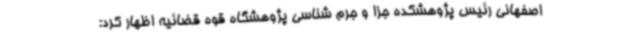
اصفهانی رئیس پژوهشکده جزا و جرم شناسی پژوهشگاه قوه قضائیه اظهار کرد: